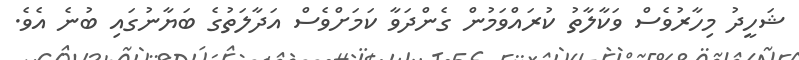
ޝަހީދު މިހާރުވެސް ވަކާލާތު ކުރައްވަމުން ގެންދަވާ ކަމަށްވެސް އަދާލަތުގެ ބަޔާނުގައި ބުނެ އެވެ.